Report on vaccination in the Province of Bengal - 1869-1873
Year: 1869
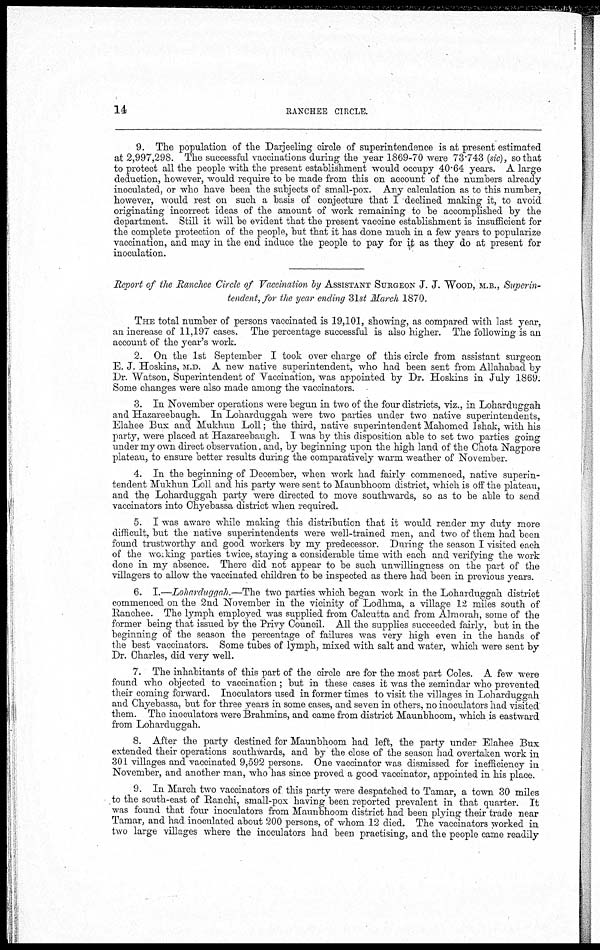
14
RANCHEE CIRCLE.
9. The population of the Darjeeling circle of superintendence is at present estimated
at 2,997,298. The successful vaccinations during the year 1869-70 were 73.743 (sic), so that
to protect all the people with the present establishment would occupy 40.64 years. A large
deduction, however, would require to be made from this on account of the numbers already
inoculated, or who have been the subjects of small-pox. Any calculation as to this number,
however, would rest on such a basis of conjecture that I declined making it, to avoid
originating incorrect ideas of the amount of work remaining to be accomplished by the
department. Still it will be evident that the present vaccine establishment is insufficient for
the complete protection of the people, but that it has done much in a few years to popularize
vaccination, and may in the end induce the people to pay for it as they do at present for
inoculation.
Report of the Ranchee Circle of Vaccination by ASSISTANT SURGEON J. J. WOOD, M.B., Superin-
tendent, for the year ending 31st March 1870.
THE total number of persons vaccinated is 19,101, showing, as compared with last year,
an increase of 11,197 cases. The percentage successful is also higher. The following is an
account of the year's work.
2. On the 1st September I took over charge of this circle from assistant surgeon
E. J. Hoskins, M.D. A new native superintendent, who had been sent from Allahabad by
Dr. Watson, Superintendent of Vaccination, was appointed by Dr. Hoskins in July 1869.
Some changes were also made among the vaccinators.
3. In November operations were begun in two of the four districts, viz., in Loharduggah
and Hazareebaugh. In Loharduggah were two parties under two native superintendents,
Elahee Bux and Mukhun Loll; the third, native superintendent Mahomed Ishak, with his
party, were placed at Hazareebaugh. I was by this disposition able to set two parties going
under my own direct observation, and, by beginning upon the high land of the Chota Nagpore
plateau, to ensure better results during the comparatively warm weather of November.
4. In the beginning of December, when work had fairly commenced, native superin-
tendent Mukhun Loll and his party were sent to Maunbhoom district, which is off the plateau,
and the Loharduggah party were directed to move southwards, so as to be able to send
vaccinators into Chyebassa district when required.
5. I was aware while making this distribution that it would render my duty more
difficult, but the native superintendents were well-trained men, and two of them had been
found trustworthy and good workers by my predecessor. During the season I visited each
of the working parties twice, staying a considerable time with each and verifying the work
done in my absence. There did not appear to be such unwillingness on the part of the
villagers to allow the vaccinated children to be inspected as there had been in previous years.
6. I.—Loharduggah.—The two parties which began work in the Loharduggah district
commenced on the 2nd November in the vicinity of Lodhma, a village 12 miles south of
Ranchee. The lymph employed was supplied from Calcutta and from Almorah, some of the
former being that issued by the Privy Council. All the supplies succeeded fairly, but in the
beginning of the season the percentage of failures was very high even in the hands of
the best vaccinators. Some tubes of lymph, mixed with salt and water, which were sent by
Dr. Charles, did very well.
7. The inhabitants of this part of the circle are for the most part Coles. A few were
found who objected to vaccination; but in these cases it was the zemindar who prevented
their coming forward. Inoculators used in former times to visit the villages in Loharduggah
and Chyebassa, but for three years in some cases, and seven in others, no inoculators had visited
them. The inoculators were Brahmins, and came from district Maunbhoom, which is eastward
from Loharduggah.
8. After the party destined for Maunbhoom had left, the party under Elahee Bux
extended their operations southwards, and by the close of the season had overtaken work in
301 villages and vaccinated 9,592 persons. One vaccinator was dismissed for inefficiency in
November, and another man, who has since proved a good vaccinator, appointed in his place.
9. In March two vaccinators of this party were despatched to Tamar, a town 30 miles
to the south-east of Ranchi, small-pox having been reported prevalent in that quarter. It
was found that four inoculators from Maunbhoom district had been plying their trade near
Tamar, and had inoculated about 200 persons, of whom 12 died. The vaccinators worked in
two large villages where the inoculators had been practising, and the people came readily